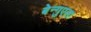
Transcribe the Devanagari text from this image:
बेन्गुएला